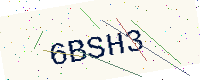
Text: 6BSH3